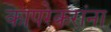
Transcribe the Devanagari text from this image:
कापरेकरांना